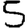
Digit: 5